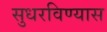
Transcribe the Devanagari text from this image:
सुधरविण्यास